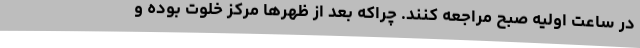
در ساعت اولیه صبح مراجعه کنند. چراکه بعد از ظهرها مرکز خلوت بوده و